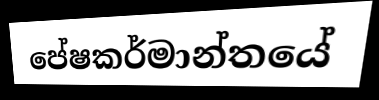
පේෂකර්මාන්තයේ